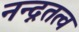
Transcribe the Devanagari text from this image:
नन्द्नतत्व